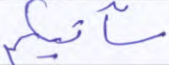
سآتيكم